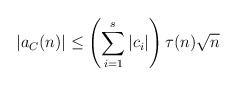
\begin{align*} |a_{C}(n)| \leq \left(\sum_{i=1}^s |c_{i}|\right) \tau(n) \sqrt{n}\end{align*}